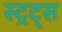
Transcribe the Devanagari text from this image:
स्ट्रट्स